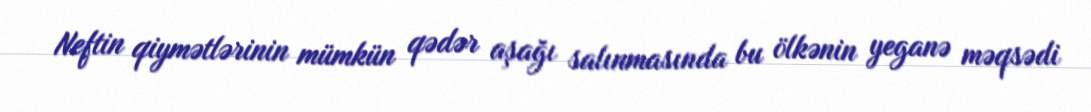
Neftin qiymətlərinin mümkün qədər aşağı salınmasında bu ölkənin yeganə məqsədi